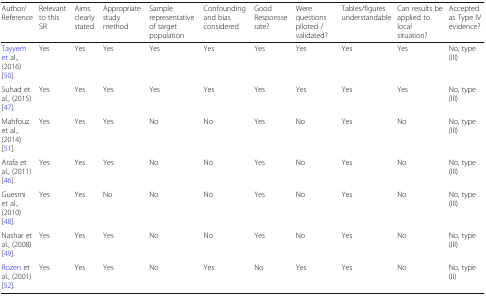
<table><thead><tr><td><b>Author/Reference</b></td><td><b>Relevant to this SR</b></td><td><b>Aims clearly stated</b></td><td><b>Appropriate study method</b></td><td><b>Sample representative of target population</b></td><td><b>Confounding and bias considered</b></td><td><b>Good Responsse rate?</b></td><td><b>Were questions piloted / validated?</b></td><td><b>Tables/figures understandable</b></td><td><b>Can results be applied to local situation?</b></td><td><b>Accepted as Type IV evidence?</b></td></tr></thead><tbody><tr><td>Tayyem et al., (2016) [50].</td><td>Yes</td><td>Yes</td><td>Yes</td><td>Yes</td><td>Yes</td><td>Yes</td><td>Yes</td><td>Yes</td><td>Yes</td><td>No, type (III)</td></tr><tr><td>Suhad et al., (2015) [47].</td><td>Yes</td><td>Yes</td><td>Yes</td><td>Yes</td><td>Yes</td><td>Yes</td><td>Yes</td><td>Yes</td><td>Yes</td><td>No, type (III)</td></tr><tr><td>Mahfouz et al., (2014) [51].</td><td>Yes</td><td>Yes</td><td>Yes</td><td>No</td><td>No</td><td>Yes</td><td>No</td><td>Yes</td><td>No</td><td>No, type (III)</td></tr><tr><td>Arafa et al., (2011) [46].</td><td>Yes</td><td>Yes</td><td>Yes</td><td>No</td><td>No</td><td>Yes</td><td>No</td><td>Yes</td><td>No</td><td>No, type (III)</td></tr><tr><td>Guesmi et al., (2010) [48].</td><td>Yes</td><td>Yes</td><td>No</td><td>No</td><td>No</td><td>Yes</td><td>No</td><td>Yes</td><td>No</td><td>No, type (III)</td></tr><tr><td>Nashar et al., (2008) [49].</td><td>Yes</td><td>Yes</td><td>Yes</td><td>No</td><td>No</td><td>Yes</td><td>No</td><td>Yes</td><td>No</td><td>No, type (III)</td></tr><tr><td>Rozen et al., (2001) [52].</td><td>Yes</td><td>Yes</td><td>Yes</td><td>No</td><td>Yes</td><td>No</td><td>Yes</td><td>Yes</td><td>No</td><td>No, type (II)</td></tr></tbody></table>